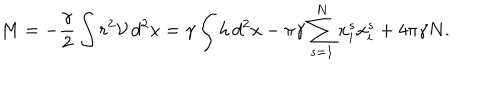
M = - \frac { \gamma } { 2 } \int r ^ { 2 } \mathcal { V } \, d ^ { 2 } x = \gamma \int h \, d ^ { 2 } x - \pi \gamma \sum _ { s = 1 } ^ { N } x _ { i } ^ { s } x _ { i } ^ { s } + 4 \pi \gamma N .